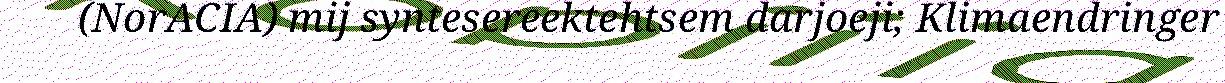
(NorACIA) mij syntesereektehtsem darjoeji; Klimaendringer